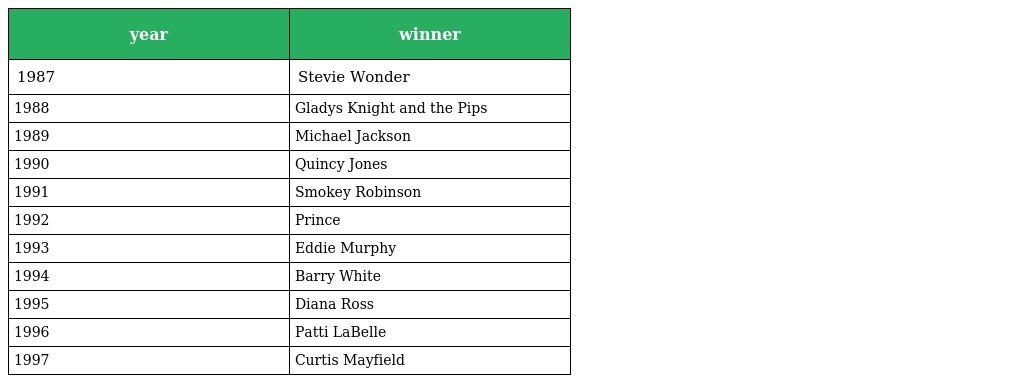
| year | winner |
 | --- | --- |
 | 1987 | Stevie Wonder |
 | 1988 | Gladys Knight and the Pips |
 | 1989 | Michael Jackson |
 | 1990 | Quincy Jones |
 | 1991 | Smokey Robinson |
 | 1992 | Prince |
 | 1993 | Eddie Murphy |
 | 1994 | Barry White |
 | 1995 | Diana Ross |
 | 1996 | Patti LaBelle |
 | 1997 | Curtis Mayfield |